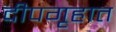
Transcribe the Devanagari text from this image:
दीपगृहात